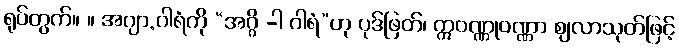
ရုပ်တွက်။ ။ အဂျာ.ဂါရံကို “အဂ္ဂိ -ါ ဂါရံ”ဟု ပုဒ်ဖြတ်၊ ဣဝဏ္ဏုဝဏ္ဏာ ဈလာသုတ်ဖြင့်